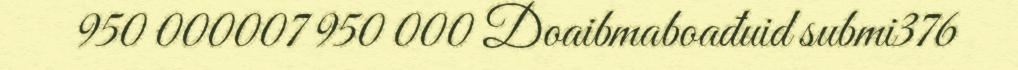
950 000007 950 000 Doaibmaboađuid submi376